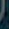
)